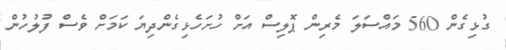
ގުޅިގެން 560 މައްސަލަ މެރިން ޕޮލިސް އަށް ހުށަހެޅިގެންދިޔަ ކަމަށް ވެސް ފުލުހުން